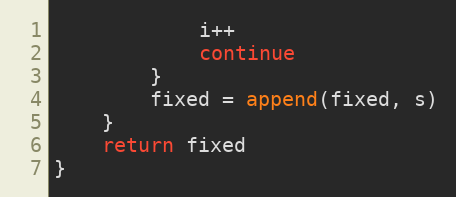
Language: Go
			i++
			continue
		}
		fixed = append(fixed, s)
	}
	return fixed
}